Vabadussoja_Ajaloo_Komitee, lk 28
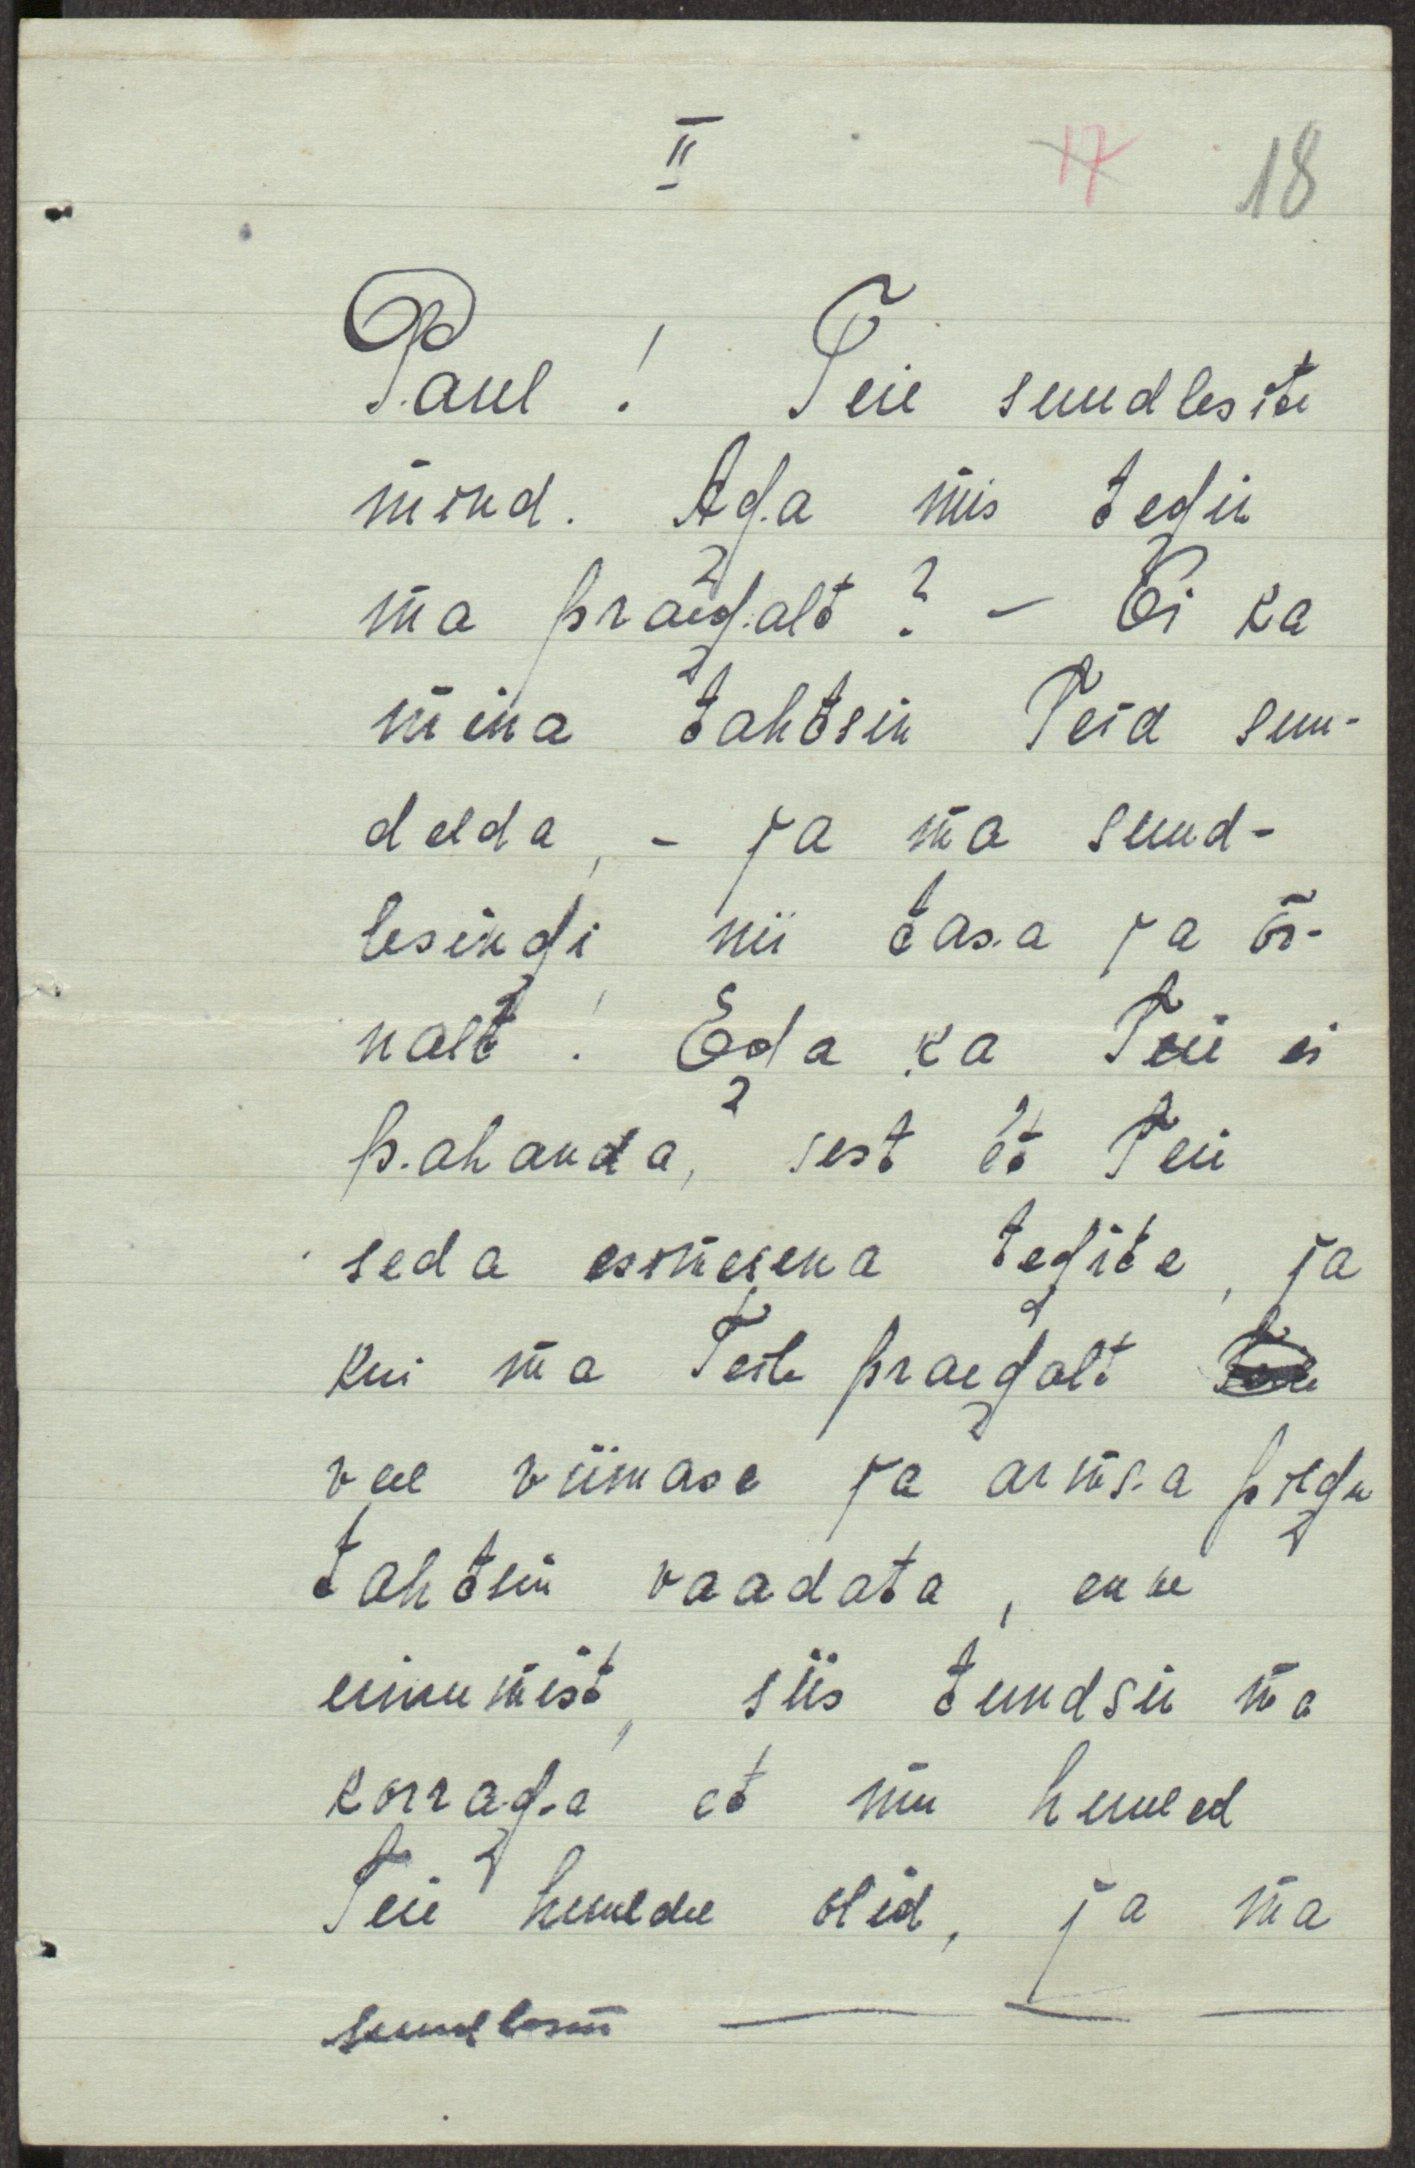
II
17
18
Paul! Teie suudlesite
mind. Aga mis tegin
ma praegalt? - Oi ka
mina tahtsin Teid suu-
delda, - ja ma suud-
lesingi nii tasa ja õr-
nalt! Ega ka Teie ei
pahanda, sest et Teie
seda esimesena tegite, ja
kui ma Teile praegalt Teile
veel viimase ja armsa pilgu
tahtsin vaadata, enne
uinumist, siis tundsin ma
korraga et mu huuled
Teie huuldel olid, ja ma
suudlesin - - -